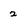
Character: 2